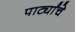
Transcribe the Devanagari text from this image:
पार्ट्यांचे